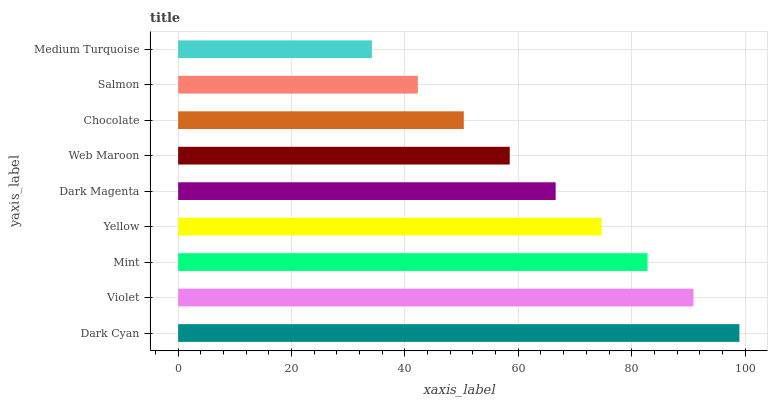
| yaxis_label | bars |
 | --- | --- |
 | Dark Cyan | 99 |
 | Violet | 90.9 |
 | Mint | 82.8 |
 | Yellow | 74.7 |
 | Dark Magenta | 66.6 |
 | Web Maroon | 58.5 |
 | Chocolate | 50.4 |
 | Salmon | 42.3 |
 | Medium Turquoise | 34.2 |